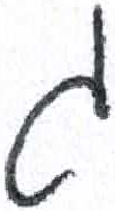
אות: ג